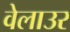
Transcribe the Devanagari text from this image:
वेलाउर